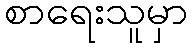
စာရေးသူမှာ